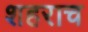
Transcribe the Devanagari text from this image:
शहराच